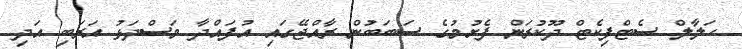
ހަލާލް ސެޓްފިކެޓް ދޫކުރަން ފެށުމުގެ ސަބަބުން ރާއްޖޭގައި އުފައްދާ މަސްދަޅު އަރަބި އަދި